Vital statistics of India. Vol. IV, Annual returns from 1871 to 1876. British Army of India, Native Army and jails of Bengal
Year: 1871
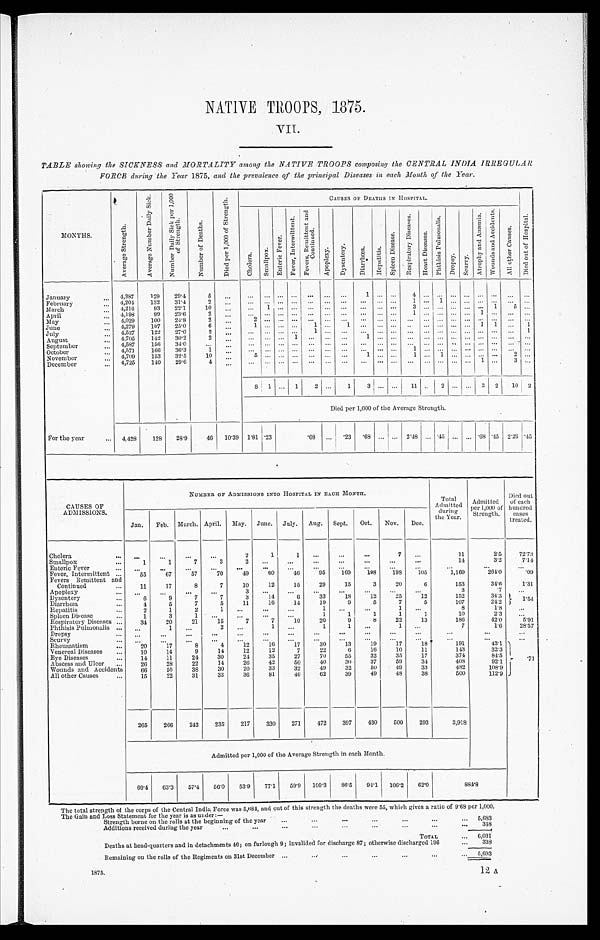
NATIVE TROOPS, 1875.
VII.
TABLE showing the SICKNESS and MORTALITY among the NATIVE TROOPS composing the CENTRAL INDIA IRREGULAR
FORCE during the Year 1875, and the prevalence of the principal Diseases in each Month of the Year.
MONTHS.
A v e r a g e S t r e n g t h .
A v e r a g e N u m b e r D a i l y S i c k .
N u m b e r D a i l y S i c k p e r 1 , 0 0 0
o f S t r e n g t h .
N u m b e r o f D e a t h s .
D i e d p e r 1 , 0 0 0 o f S t r e n g t h .
CAUSES OF DEATHS IN HOSPITAL.
D i e d o u t o f H o s p i t a l .
C h o l e r a . S m a l l p o x .
E n t e r i c F e v e r .
F e v e r , I n t e r m i t t e n t .
F e v e r s , R e m i t t e n d a n d
Co n t i n u e d .
A p o p l e x y .
Dy s e n t r y . Di a r r h œa . H e p a t i t i s .
S p l e e n D i s e a s e . R e s p i r a t o r y D i s e a s e s . H e a r t D i s e a s e s .
P h t h i s i s P u l m o n a l i s .
Dr o p s y .
Scurvy.
A t r o p h y a n d A n æ m i a . W o u n d s a n d A c c i d e n t s .
A l l o t h e r C a u s e s .
January
... 4,387 129 29.4
5 ... ... ... ... ... ... ... ...
1 ...
... 4 ... ... ... ... ... ... ... ...
February ...
4,204 132 31.4
2 ...
... ... ... ... ... ... ... ... ... ... 1 ... 1 ... ... ... ...... ...
March . . .
4,216
93 22.1
10 ... ... 1 ... ... ... ... ... ... ... ... 3 ... ... ... ... ... 1 5 ...
Apr i l . . .
4,198
99 23.6 2
...
... ... ... ... ... ... ... ... ... ... 1 ... ... ... ... 1 ... ... ...
Ma y . . .
4,029 100 24.8
2 ...
2 ... ... ... ... ... ... ... ... ... ... ... ... ... ... ... ... ... ...
June ...
4,279 107 25.0
6 ... 1 ... ... ...
1 ... 1 ... ... ... ... ... ... ... 1 1
... 1
July
. . . 4,527 122 27.0
2 ... ... ... ... ... 1 ... ... ... ... ... ... ... ... ... ... ... ... ... 1
August
... 4,705 142 30.2
2 ...
... ... ... 1 ... ... ... 1 ... ... ... ... ... ... ... ... ... ... ...
September...
4,587 156 34.0
... ... ... ... ... ... ... ... ... ... ... ... ... ... ... ... ... ... ...... ...
October . . .
4,571 166 36.3
1 ... ... ... ... ... ... ... ... ... ... ... 1 ... ... ... ... ... ... ... ...
November ...
4,709 153 32.5
10 ... 5 ... ... ... ... ... ... 1 ... ... 1 ... 1 ... ... ... ... 2 ...
December
. . . 4,725 140 29.6
4 ...
... ... ... ... ... ... ... ... ... ... ... ... ... ... ... 1 ...
3 ...
8
1 ... 1 2 ...
1 3 ... ... 11 ... 2 ... ... 3 2 10 2
Died per 1,000 of the Average Strength.
For the year
... 4,428 128 28.9
46 10.39 1.81 .23 .68 ... .23 .68 ... ... 2.48 ... .45 ... ... .68 .45 2.26 .45
CAUSES OF
ADMISSIONS.
NUMBER OF ADMISSIONS INTO HOSPITAL IN EACH MONTH.
Total
Admitted during
the year.
Admitted
per 1,000 of
Strength.
Died out
of each
hundred
cases
treated.
Jan. Feb. March. April. May. June. July. Aug. Sept. Oct. Nov. Dec.
Cholera
... ... ...
...
...
2
1
1 ...
...
...
7
...
11
2.5 72.73
Smallpox . . .
1
1
7
3 2
...
...
... ...
...
...
...
14
3.2
7.14
Enteric Fever
... ...
...
...
...
...
...
...
...
... ...
... ...
...
...
...
Fever, Intermittent ... 55
67
57
70
49
60
46 95 169 198 198 105
1,169
264.0
.09
Fevers Remittent and
Continued... 11 17
8
7
10
12
15
29
15
3
20
6
153
34.6
1.31
Apoplexy
... ...
...
...
... 3
...
...
...
....
...
...
...
3
.7 ...
Dysentery
...
6
9
7
7
3
14
6
33
18
12
25
12
152
34.3
1.54
Diarrhœa... 4
5
7
5
11
16
14
19
9
5
7
5
107
24.2
Hepatitis
...
2
1
2 1
...
...
...
1 ...
... 1
...
8
1.8 ...
Spleen Disease
...
1
3
1 ...
...
. ..
...
1
1
1
1
1
10
2.3 ...
Respiratory Diseases ...
34
20
21
15
7
7
10
20
9
8
22
13
186
42.0
5.91
Phthisis Pulmonalis ... ... 1
...
2 ...
1 ...
1 1
... 1
...
7
1.6 28.57
Dr opsy . . .
...
... ... ... ... ... ... ... ... ... ... ...
...
...
...
Scurvy
... ... ... ... ...
... ... ... ... ... ... ...
...
...
...
...
Rheumatism
... 20
17
8
4 12 16
17 30
13
19 17
18
191
43.1 . 71
Venereal Diseases ...
10
14
9
14
12
12
7
22
6
16
10
11
143
32.3
Eye Diseases... 14
11 24 30
24
35
27
70
55
32
35
17
374
84.5
Abscess and Ulcer ... 26
28
22
14
26
42
50
40
30
37
59
34
408
92.1
Wounds and Accidents
66
50
38
30
20
33
32
49
32
50
49
33
482
108.9
All other Causes...
15
22
31
33
36
81
46
62
39
49
48
38
500
112.9
265 266 242 235 217 330 271 472 397 430 500 293
3,918
Admitted per 1,000 of the Average Strength in each Month.
60.4 63.3 57.4 56.0 53.9 77.1 59.9 100.3 86.5 94.1 106.2 62.0
884.8
The total strength of the corps of the Central India Force was 5,684 and out of this strength the deaths were 55, which gives a ratio of 9.68 per 1,000.
The Gain and Loss Statement for the year is as under :—
Strength borne on the rolls at the beginning of the year ...
... ...
... ... ... ...
... 5,683
...
...
Additions received during the year
...
... ... ... ... ... ... ...
... 348
TOTAL
... 6,031
Deaths at head-quarters and in detachments 46; on furlough 9; invalided for discharge 87; otherwise discharged 196
... 338
Remaining on the rolls of the Regiments on 31st December ...
...
...
...
...
...
... 5,693
1875.
12 A